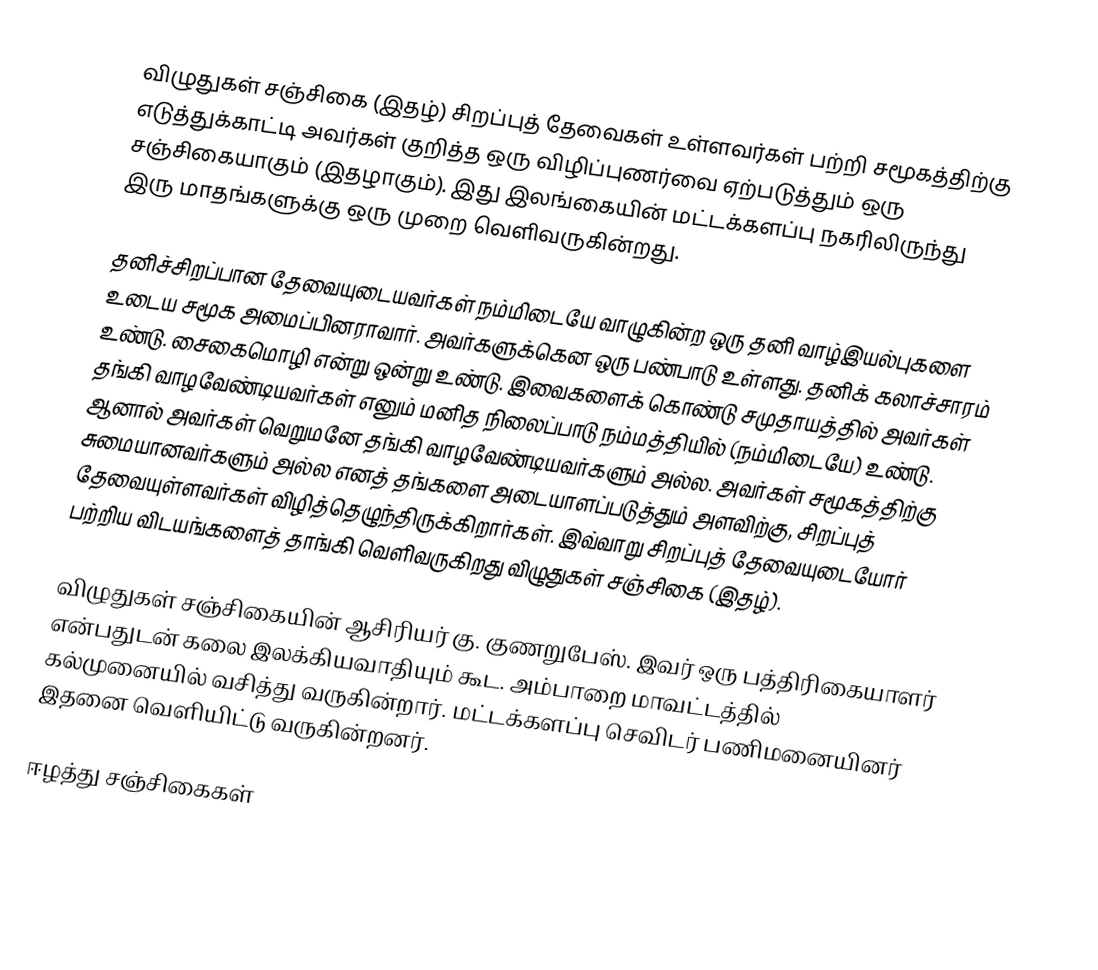
விழுதுகள் சஞ்சிகை (இதழ்) சிறப்புத் தேவைகள் உள்ளவர்கள் பற்றி சமூகத்திற்கு எடுத்துக்காட்டி அவர்கள் குறித்த ஒரு விழிப்புணர்வை ஏற்படுத்தும் ஒரு சஞ்சிகையாகும் (இதழாகும்). இது இலங்கையின் மட்டக்களப்பு நகரிலிருந்து இரு மாதங்களுக்கு ஒரு முறை வெளிவருகின்றது.

தனிச்சிறப்பான தேவையுடையவர்கள் நம்மிடையே வாழுகின்ற ஒரு தனி வாழ்இயல்புகளை உடைய சமூக அமைப்பினராவார். அவர்களுக்கென ஒரு பண்பாடு உள்ளது. தனிக் கலாச்சாரம் உண்டு. சைகைமொழி என்று ஒன்று உண்டு. இவைகளைக் கொண்டு சமுதாயத்தில் அவர்கள் தங்கி வாழவேண்டியவர்கள் எனும் மனித நிலைப்பாடு நம்மத்தியில் (நம்மிடையே) உண்டு. ஆனால் அவர்கள் வெறுமனே தங்கி வாழவேண்டியவர்களும் அல்ல. அவர்கள் சமூகத்திற்கு சுமையானவர்களும் அல்ல எனத் தங்களை அடையாளப்படுத்தும் அளவிற்கு, சிறப்புத் தேவையுள்ளவர்கள் விழித்தெழுந்திருக்கிறார்கள். இவ்வாறு சிறப்புத் தேவையுடையோர் பற்றிய விடயங்களைத் தாங்கி வெளிவருகிறது விழுதுகள் சஞ்சிகை (இதழ்).

விழுதுகள் சஞ்சிகையின் ஆசிரியர் கு. குணறுபேஸ். இவர் ஒரு பத்திரிகையாளர் என்பதுடன் கலை இலக்கியவாதியும் கூட. அம்பாறை மாவட்டத்தில் கல்முனையில் வசித்து வருகின்றார். மட்டக்களப்பு செவிடர் பணிமனையினர் இதனை வெளியிட்டு வருகின்றனர்.

ஈழத்து சஞ்சிகைகள்